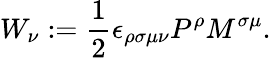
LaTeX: W_{\nu}:=\frac{1}{2}\epsilon_{\rho\sigma\mu\nu}P^{\rho}M^{\sigma\mu}.